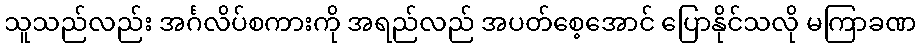
သူသည်လည်း အင်္ဂလိပ်စကားကို အရည်လည် အပတ်စေ့အောင် ပြောနိုင်သလို မကြာခဏ